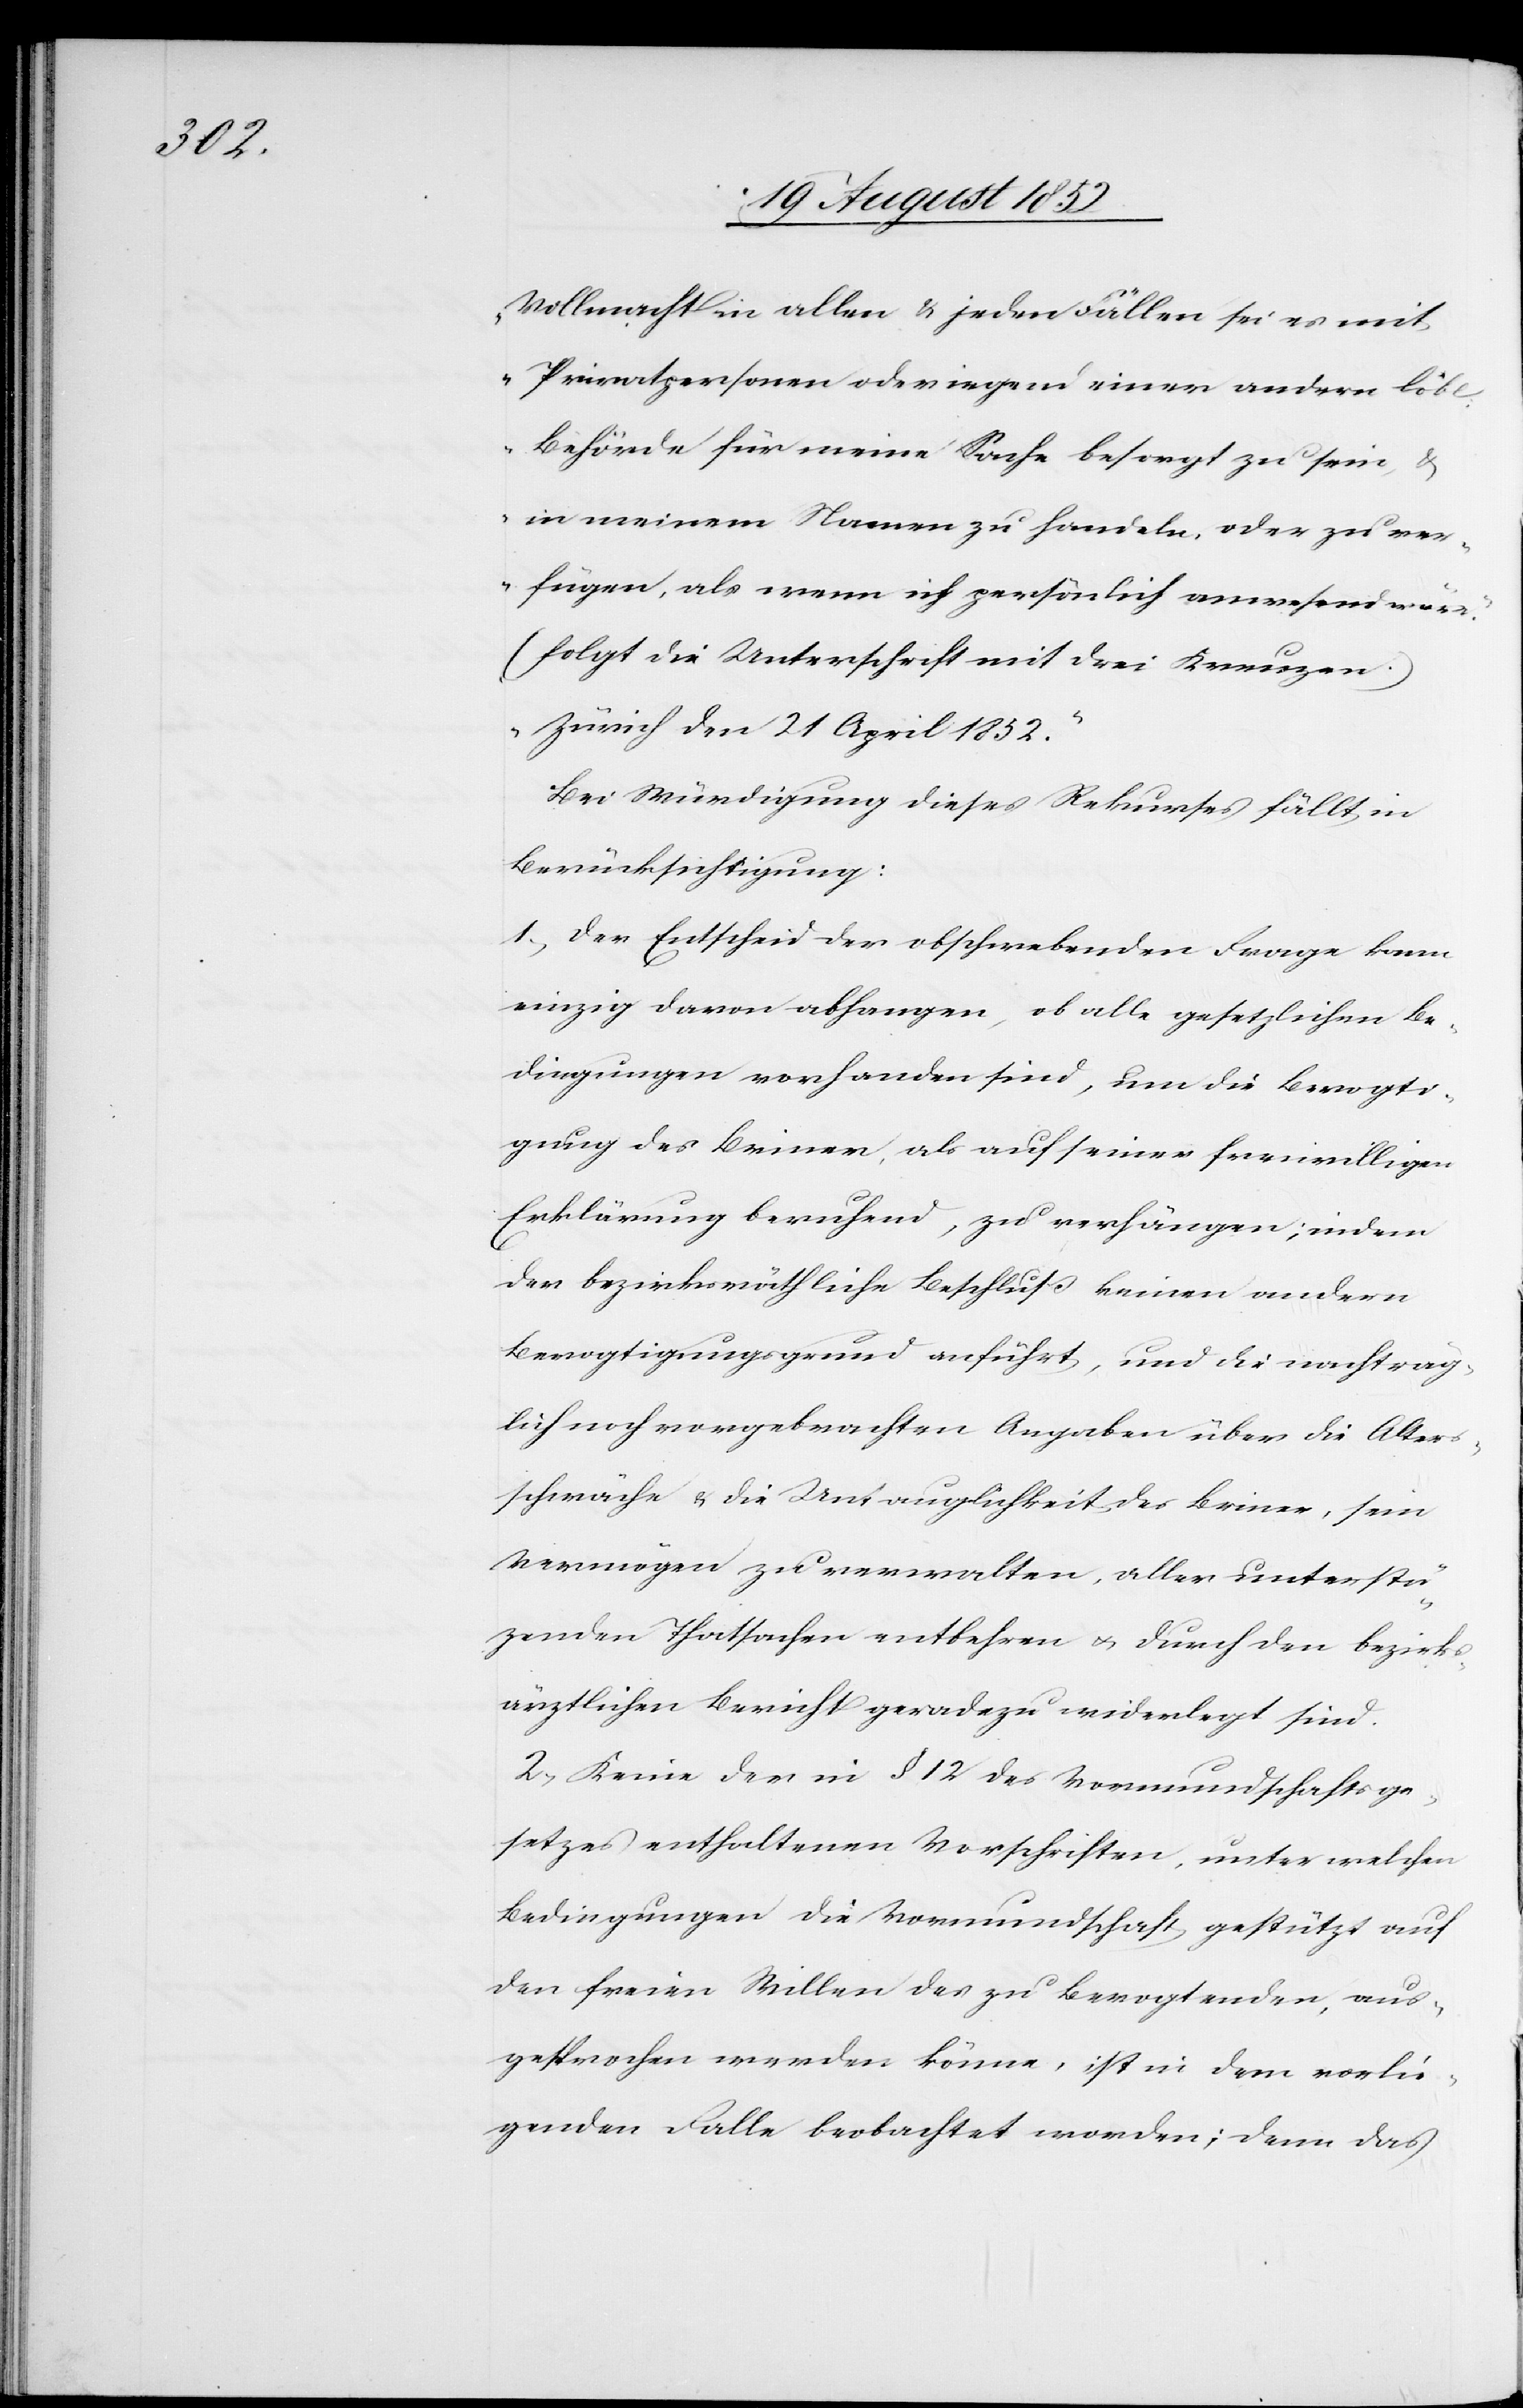
ü[t]z¬

Vollmacht in allen & jeden Fällen sei es mit
Privatpersonen oder irgend einer andern löbl:
Behörde für meine Sache besorgt zu sein, &
in meinem Namen zu handeln, oder zu ver¬
fügen, als wenn ich persönlich anwesend wär¬
(folgt die Unterschrift mit drei Kreuzen.)
„Zürich den 21 April 1852.“
Bei Würdigung dieses Rekurses fällt in
Berücksichtigung:
1, Der Entscheid der obschwebenden Frage kann
einzig davon abhangen, ob alle gesetzlichen Be¬
dingungen vorhanden sind, um die Bevogti¬
gung des Briner, als auf seiner freiwilligen
Erklärung beruhend, zu verhängen; indem
der bezirksräthliche Beschluß keinen andern
Bevogtigungsgrund anführt, und die nachträg¬
lich noch vorgebrachten Angaben über die Alters¬
schwäche & die Untauglichkeit des Briner, sein
Vermögen zu verwalten, aller unterst¬
enden Thatsachen entbehren & durch den bezirks¬
ärztlichen Bericht geradezu widerlegt sind.
2, Keine der in § 12 des Vormundschaftsge¬
setzes enthaltenen Vorschriften, unter welchen
Bedingungen die Vormundschaft gestützt auf
den freien Willen des zu Bevogtenden, aus¬
gesprochen werden könne, ist in dem vorlie¬
genden Falle beobachtet worden; denn das